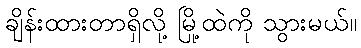
ချိန်းထားတာရှိလို့ မြို့ထဲကို သွားမယ်။